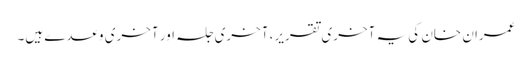
عمران خان کی یہ آخری تقریر، آخری جلسہ اور آخری وعدے ہیں۔